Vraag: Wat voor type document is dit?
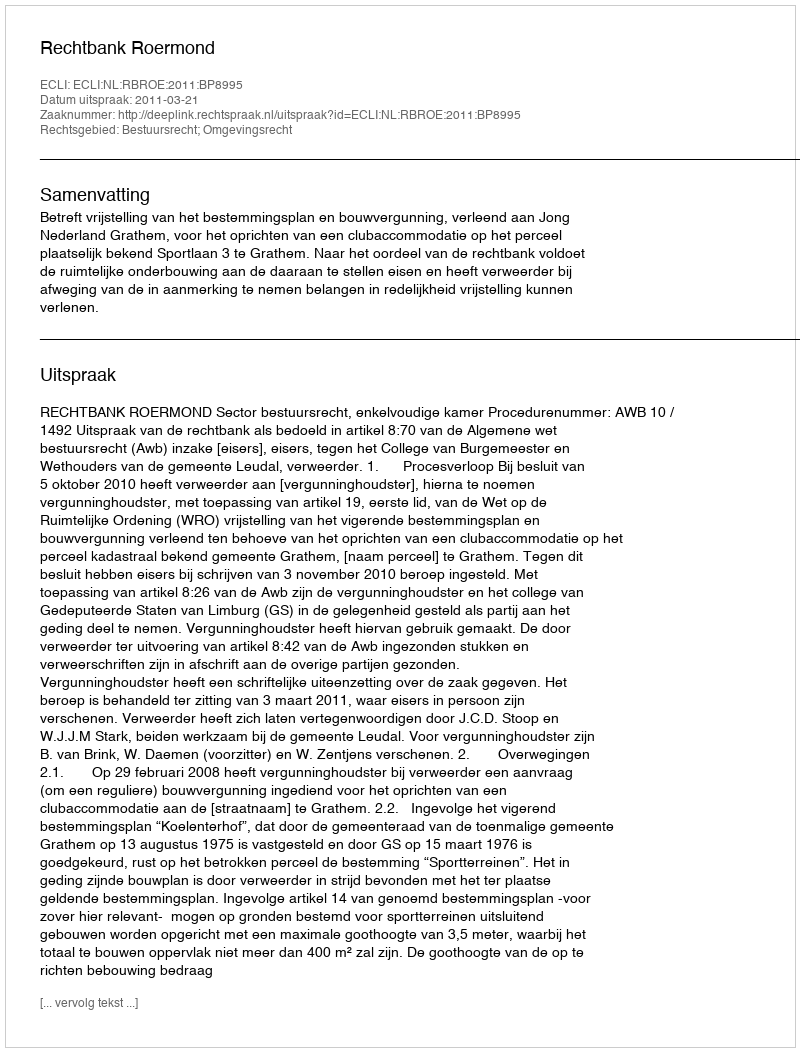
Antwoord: Uitspraak